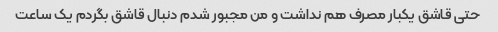
حتی قاشق یکبار مصرف هم نداشت و من مجبور شدم دنبال قاشق بگردم یک ساعت